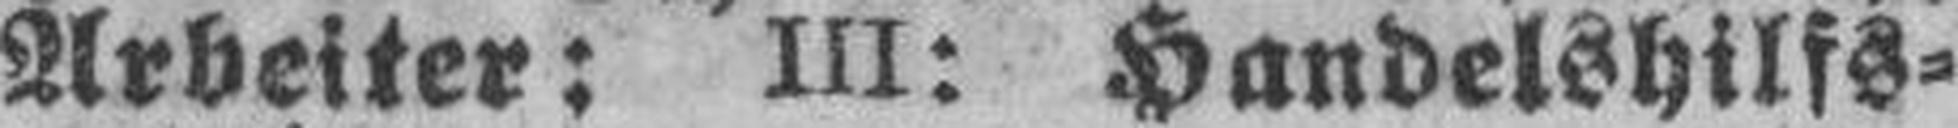
Arbeiter: III: Handelshilfs¬